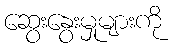
ဆွေးနွေးမှုများကို